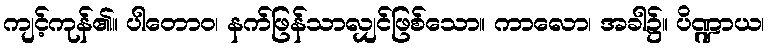
ကျင့်ကုန်၏။ ပါတောဝ၊ နက်ဖြန်သာလျှင်ဖြစ်သော။ ကာလော၊ အခါ၌။ ပိဏ္ဍာယ၊